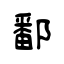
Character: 鄱